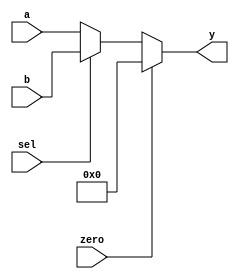
`timescale 1ns/100ps

module Mux8 ( a, b, sel, zero, y );
   input [7:0] a, b;
   input sel, zero;
   output [7:0] y;

   assign y = zero ? 8'h0 : ( ~sel ? a : b );
   
endmodule